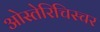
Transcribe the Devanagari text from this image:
ओस्तेरिचिस्चर